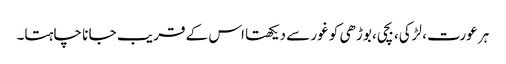
ہر عورت، لڑکی، بچی، بوڑھی کو غور سے دیکھتا اس کے قر یب جا نا چاہتا۔